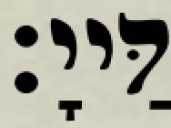
דַּייָ׃